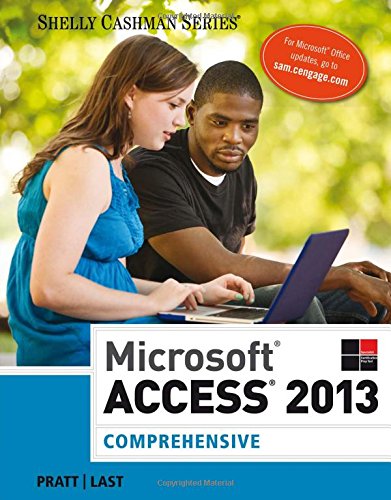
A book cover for Microsoft Access 2013: Comprehensive (Shelly Cashman); Philip J. Pratt; Computers & Technology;